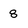
Character: 8